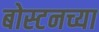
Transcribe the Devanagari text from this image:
बोस्टनच्या